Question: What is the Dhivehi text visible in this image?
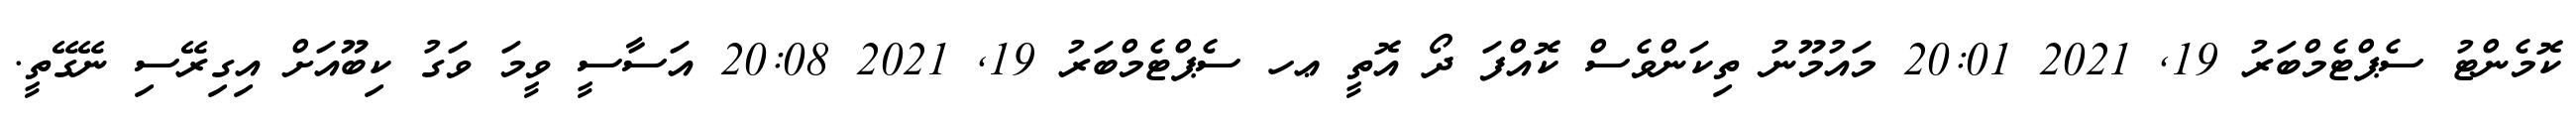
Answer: ކޮމެންޓު ސެޕްޓެމްބަރު 19, 2021 20:01 މައުމޫނު ތިކަންވެސް ކޮއްފަ ދޯ އޮތީ ޢހ ސެޕްޓެމްބަރު 19, 2021 20:08 އަސާސީ ވީމަ ވަގު ކިބޫއަށް އިގިރޭސި ނޭގޭތީ.